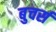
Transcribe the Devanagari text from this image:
बुचर्स